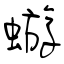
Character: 蝣